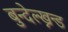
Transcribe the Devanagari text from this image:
बुन्देल्ख्नन्ड